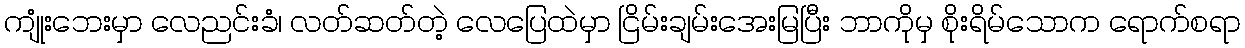
ကျုံးဘေးမှာ လေညင်းခံ၊ လတ်ဆတ်တဲ့ လေပြေထဲမှာ ငြိမ်းချမ်းအေးမြပြီး ဘာကိုမှ စိုးရိမ်သောက ရောက်စရာ